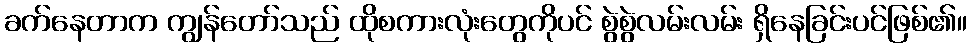
ခက်နေတာက ကျွန်တော်သည် ထိုစကားလုံးတွေကိုပင် စွဲစွဲလမ်းလမ်း ရှိနေခြင်းပင်ဖြစ်၏။